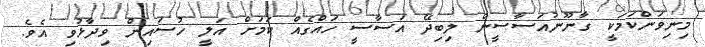
މިނިވަންކަމަކީ ގާނޫނުއަސާސީން ލިބިދޭ އަސާސީ ހައްގެއް ކަމަށް އަލީ ހުސައިން ވިދާޅުވި އެވެ.